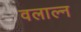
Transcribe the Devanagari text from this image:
वलाल्न